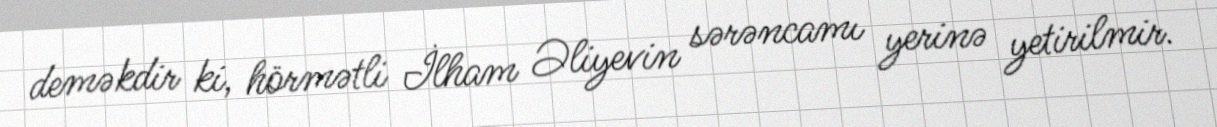
deməkdir ki, hörmətli İlham Əliyevin sərəncamı yerinə yetirilmir.